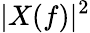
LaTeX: |X(f)|^{2}